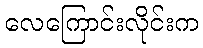
လေကြောင်းလိုင်းက